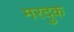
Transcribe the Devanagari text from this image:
मरदुक